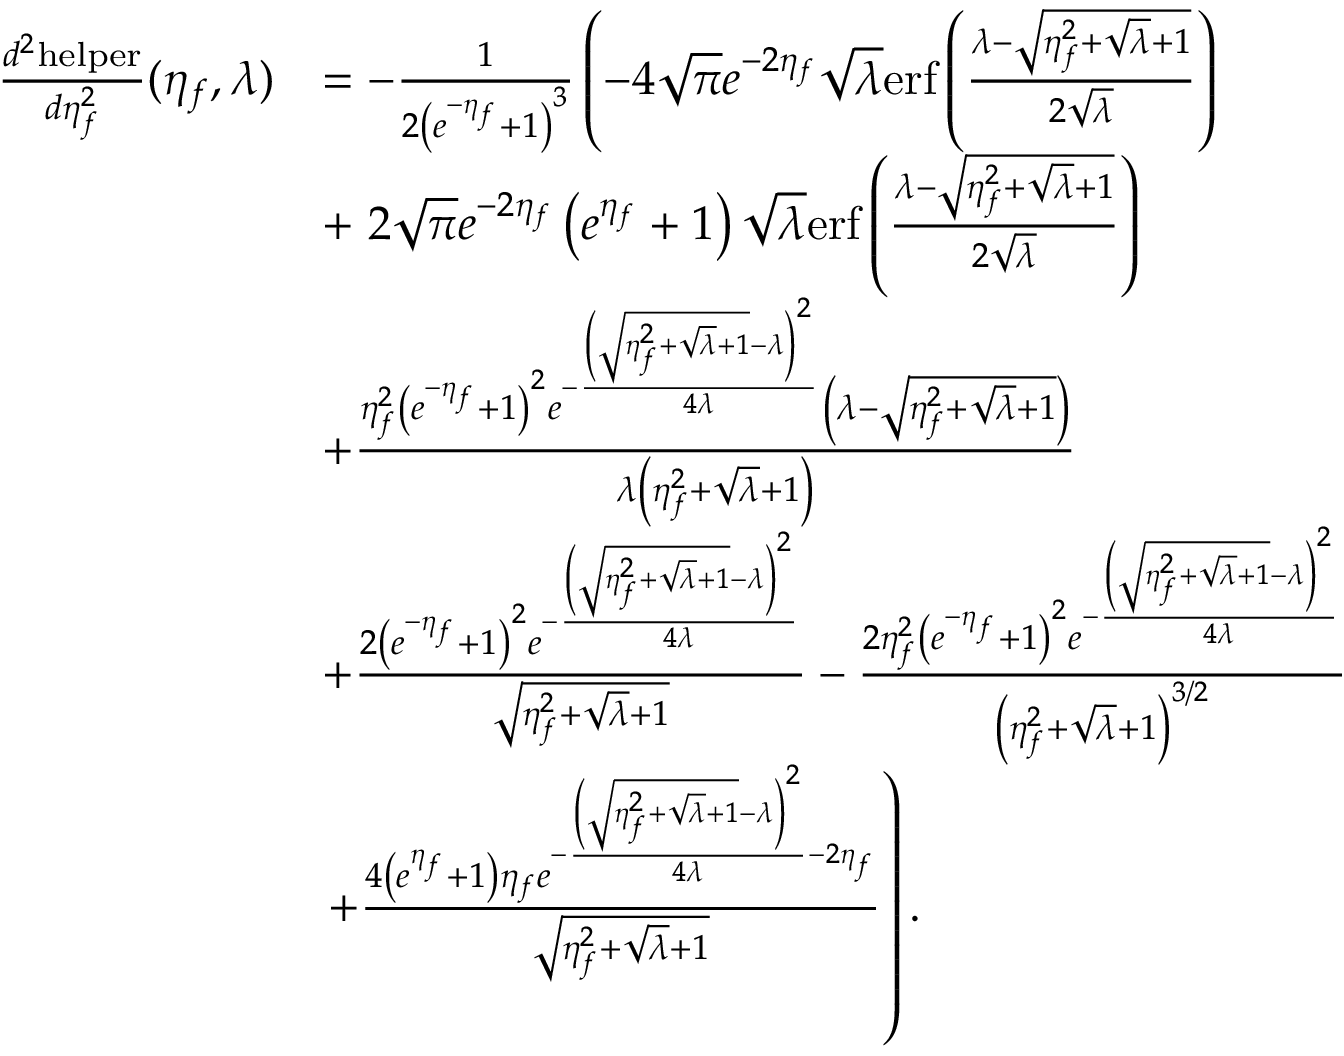
\begin{array} { r l } { \frac { d ^ { 2 } \mathrm { h e l p e r } } { d \eta _ { f } ^ { 2 } } ( \eta _ { f } , \lambda ) } & { = - \frac { 1 } { 2 \left( e ^ { - \eta _ { f } } + 1 \right) ^ { 3 } } \left( - 4 \sqrt { \pi } e ^ { - 2 \eta _ { f } } \sqrt { \lambda } \mathrm { e r f } \left( \frac { \lambda - \sqrt { \eta _ { f } ^ { 2 } + \sqrt { \lambda } + 1 } } { 2 \sqrt { \lambda } } \right) \right. } \\ & { + \left. 2 \sqrt { \pi } e ^ { - 2 \eta _ { f } } \left( e ^ { \eta _ { f } } + 1 \right) \sqrt { \lambda } \mathrm { e r f } \left( \frac { \lambda - \sqrt { \eta _ { f } ^ { 2 } + \sqrt { \lambda } + 1 } } { 2 \sqrt { \lambda } } \right) \right. } \\ & { + \frac { \eta _ { f } ^ { 2 } \left( e ^ { - \eta _ { f } } + 1 \right) ^ { 2 } e ^ { - \frac { \left( \sqrt { \eta _ { f } ^ { 2 } + \sqrt { \lambda } + 1 } - \lambda \right) ^ { 2 } } { 4 \lambda } } \left( \lambda - \sqrt { \eta _ { f } ^ { 2 } + \sqrt { \lambda } + 1 } \right) } { \lambda \left( \eta _ { f } ^ { 2 } + \sqrt { \lambda } + 1 \right) } } \\ & { + \frac { 2 \left( e ^ { - \eta _ { f } } + 1 \right) ^ { 2 } e ^ { - \frac { \left( \sqrt { \eta _ { f } ^ { 2 } + \sqrt { \lambda } + 1 } - \lambda \right) ^ { 2 } } { 4 \lambda } } } { \sqrt { \eta _ { f } ^ { 2 } + \sqrt { \lambda } + 1 } } - \frac { 2 \eta _ { f } ^ { 2 } \left( e ^ { - \eta _ { f } } + 1 \right) ^ { 2 } e ^ { - \frac { \left( \sqrt { \eta _ { f } ^ { 2 } + \sqrt { \lambda } + 1 } - \lambda \right) ^ { 2 } } { 4 \lambda } } } { \left( \eta _ { f } ^ { 2 } + \sqrt { \lambda } + 1 \right) ^ { 3 / 2 } } } \\ & { \left. + \frac { 4 \left( e ^ { \eta _ { f } } + 1 \right) \eta _ { f } e ^ { - \frac { \left( \sqrt { \eta _ { f } ^ { 2 } + \sqrt { \lambda } + 1 } - \lambda \right) ^ { 2 } } { 4 \lambda } - 2 \eta _ { f } } } { \sqrt { \eta _ { f } ^ { 2 } + \sqrt { \lambda } + 1 } } \right) . } \end{array}